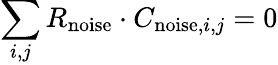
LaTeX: \sum_{i,j}R_{\mathrm{noise}}\cdot C_{\mathrm{noise},i,j}=0